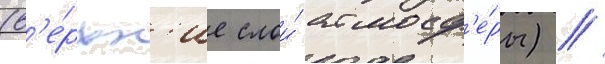
(в'е́рхн'ие слои́ атмосф'е́ры) //